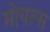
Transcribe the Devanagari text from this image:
मोयल्स